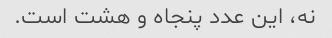
نه، این عدد پنجاه و هشت است.